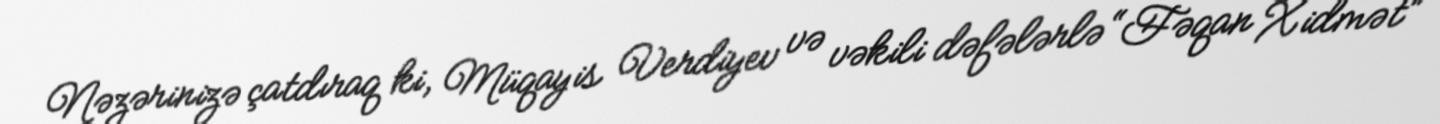
Nəzərinizə çatdıraq ki, Müqayis Verdiyev və vəkili dəfələrlə “Fəqan Xidmət”